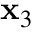
\mathbf { x } _ { 3 }